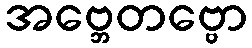
အဗ္ဘေတဗ္ဗော